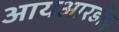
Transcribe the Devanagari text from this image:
आयआरडीए